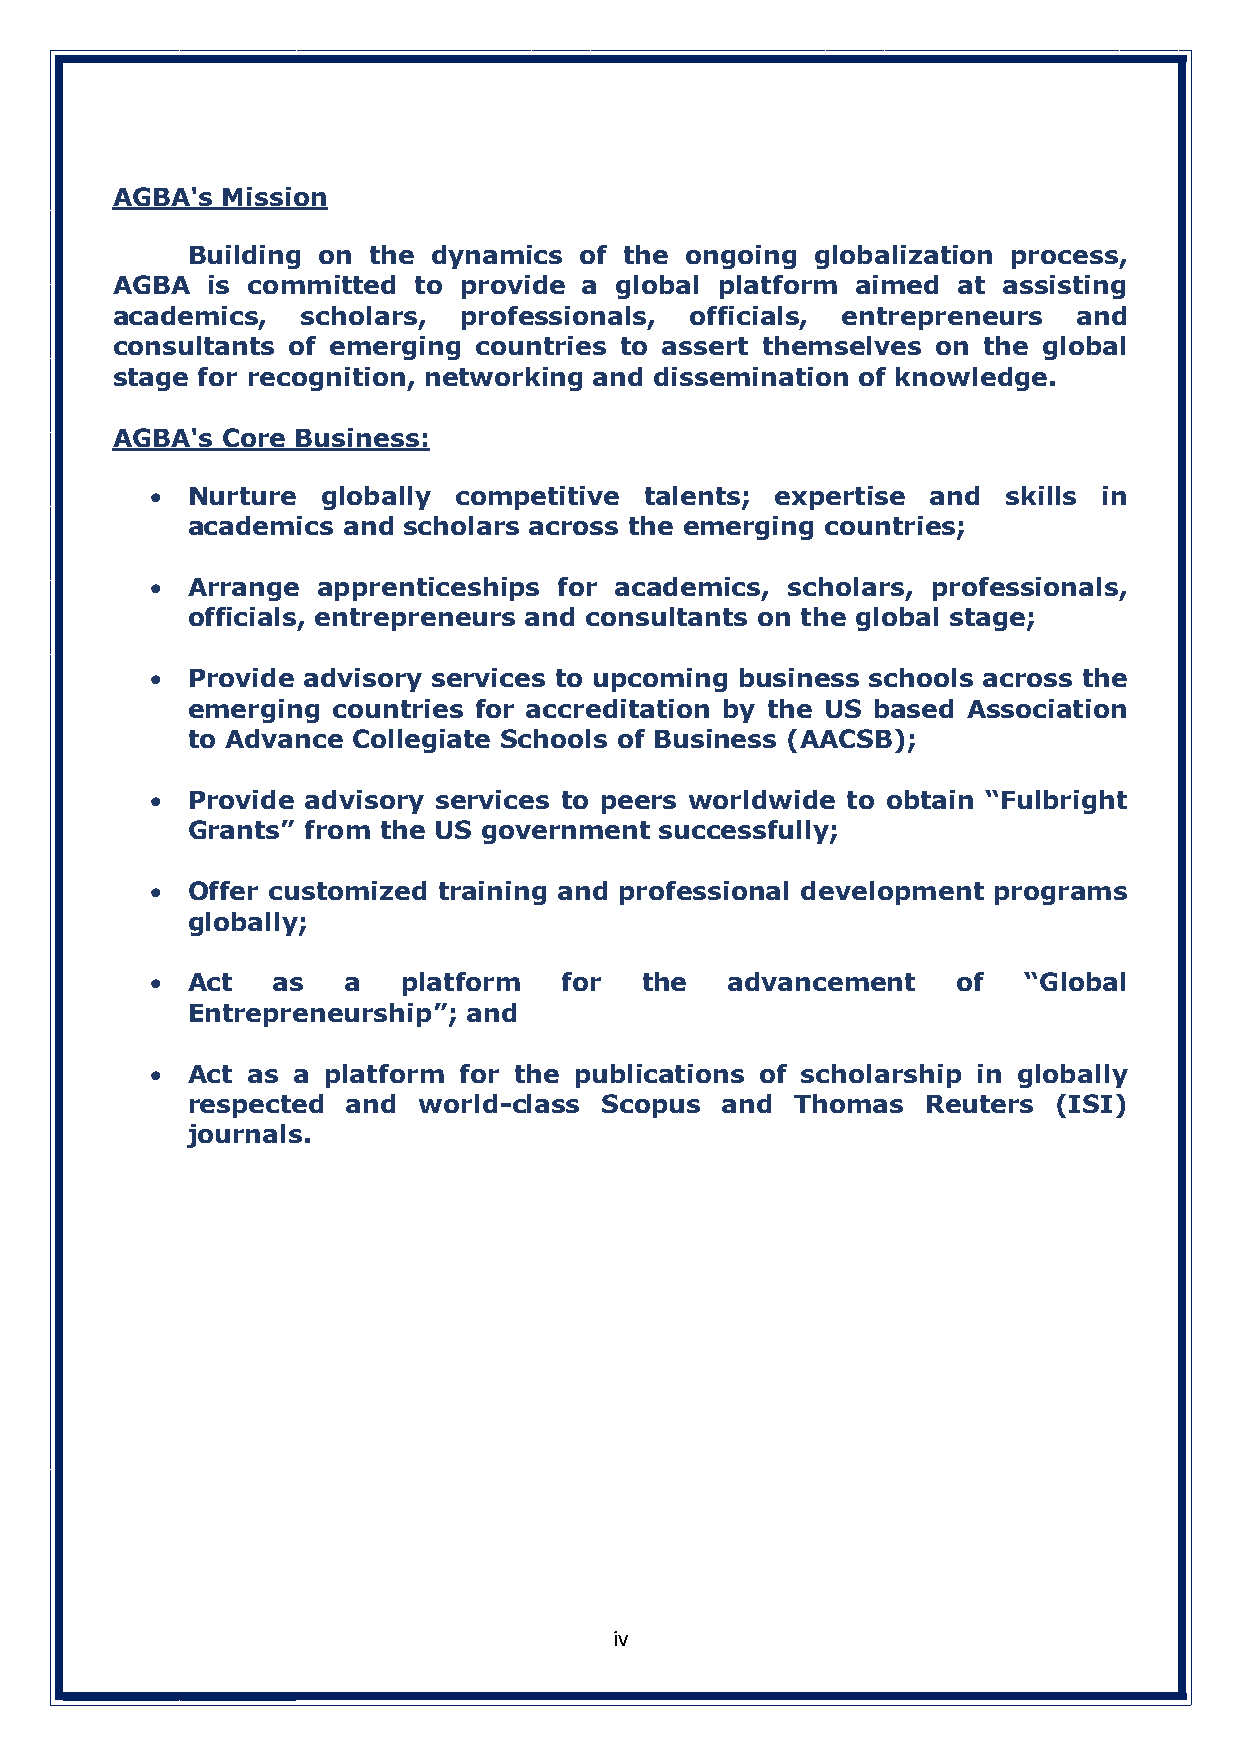
AGBA's  Mission
 Building on the  dynamics of the ongoing  globalization process,
 AGBA   is committed to provide  a global platform aimed at assisting
 academics,   scholars, professionals,  officials, entrepreneurs and
 consultants of emerging countries to assert themselves on the global
 stage for recognition, networking and dissemination of knowledge.
 AGBA's  Core Business:
 • Nurture  globally competitive  talents; expertise and  skills in
 academics  and scholars across the emerging countries;
 • Arrange  apprenticeships for academics, scholars, professionals,
 officials, entrepreneurs and consultants on the global stage;
 • Provide advisory services to upcoming business schools across the
 emerging  countries for accreditation by the US based Association
 to Advance Collegiate Schools of Business (AACSB);
 • Provide advisory services to peers worldwide to obtain “Fulbright
 Grants” from the US government  successfully;
 • Offer customized training and professional development programs
 globally;
 • Act   as   a   platform  for   the  advancement    of   “Global
 Entrepreneurship”; and
 • Act as a platform for the publications of scholarship in globally
 respected  and  world-class Scopus  and  Thomas  Reuters  (ISI)
 journals.
 iv